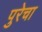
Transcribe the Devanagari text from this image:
पुरेचा